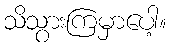
သိသွားကြမှာပေါ့။